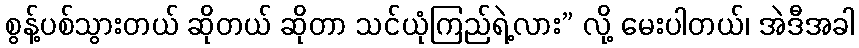
စွန့်ပစ်သွားတယ် ဆိုတယ် ဆိုတာ သင်ယုံကြည်ရဲ့လား” လို့ မေးပါတယ်၊ အဲဒီအခါ